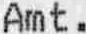
AMT .